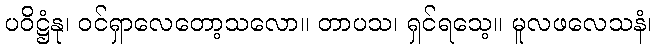
ပဝိဋ္ဌံနု၊ ဝင်ရှာလေတော့သလော။ တာပသ၊ ရှင်ရသေ့။ မူလဖလေသနံ၊